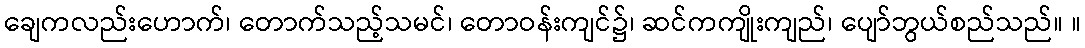
ချေကလည်းဟောက်၊ တောက်သည့်သမင်၊ တောဝန်းကျင်၌၊ ဆင်ကကျိုးကျည်၊ ပျော်ဘွယ်စည်သည်။ ။